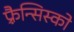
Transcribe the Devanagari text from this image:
फ़्रैन्सिस्को